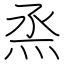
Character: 烝